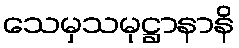
သေမှသမုဋ္ဌာနာနိ